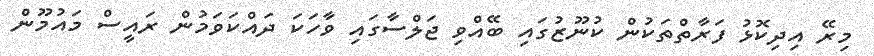
މިރޭ އިދިކޮޅު ފަރާތްތަކުން ކުނޫޒުގައި ބޭއްވި ޖަލްސާގައި ވާހަކަ ދައްކަވަމުން ރައީސް މައުމޫން